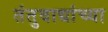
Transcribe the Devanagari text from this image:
तंतुवाद्यांच्या